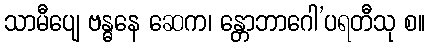
သာမီပျေ ဗန္ဓနေ ဆေက၊ န္တောဘာဂေါ’ပရတီသု စ။